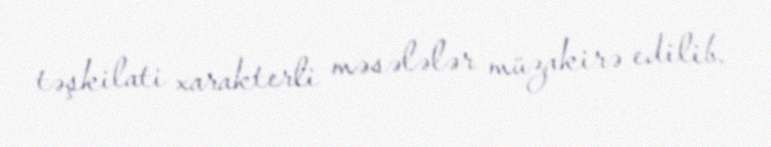
təşkilati xarakterli məsələlər müzakirə edilib.